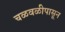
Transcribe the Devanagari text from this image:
चळवळीपासून